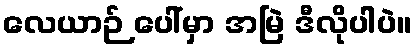
လေယာဉ် ပေါ်မှာ အမြဲ ဒီလိုပါပဲ။